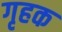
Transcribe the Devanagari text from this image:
गृहक